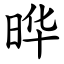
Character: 晔